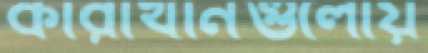
কারাখানগুলোয়